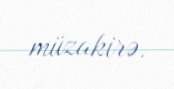
müzakirə.